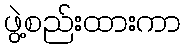
ဖွဲ့စည်းထားကာ